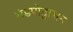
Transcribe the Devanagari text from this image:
मंडपोद्वासन